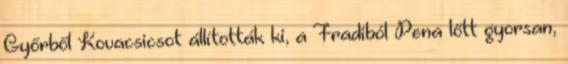
Győrből Kovacsicsot állították ki, a Fradiból Pena lőtt gyorsan,